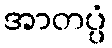
အာတပ္ပံ